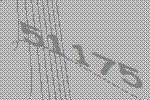
51175